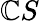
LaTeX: \mathbb{C}S